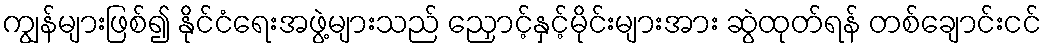
ကျွန်များဖြစ်၍ နိုင်ငံရေးအဖွဲ့များသည် ညှောင့်နှင့်မိုင်းများအား ဆွဲထုတ်ရန် တစ်ချောင်းငင်